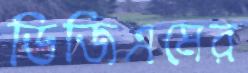
ডিজিএমের